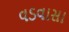
વડવાસા